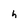
Character: h